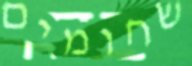
שחומים